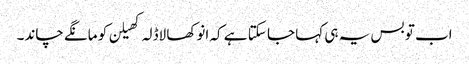
اب تو بس یہ ہی کہا جا سکتا ہے کہ انوکھا لاڈلہ کھیلن کو مانگے چاند۔